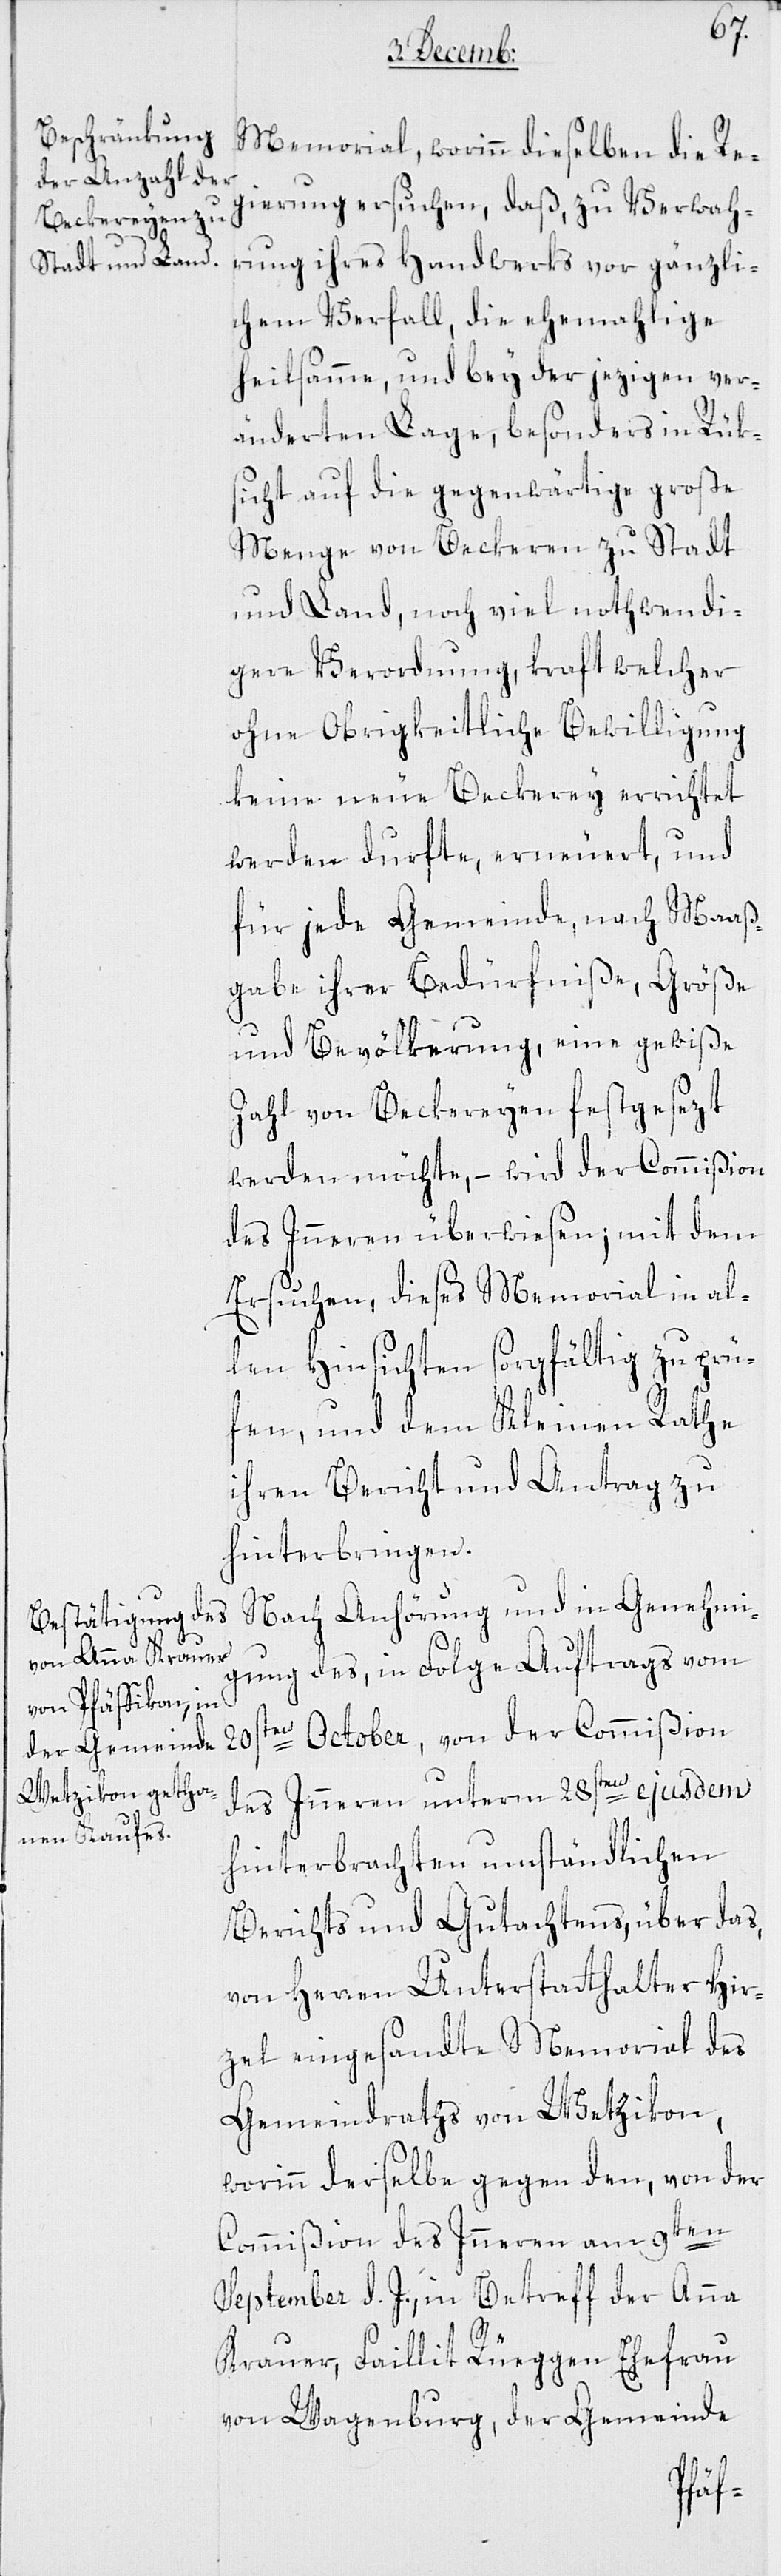
Memorial, worinn dieselben die Re¬
gierung ersuchen, daß, zu Verwah¬
rung ihres Handwerks vor gänzli¬
chem Verfall, die ehemahlige
heilsamme, und bey der jezigen ver¬
änderten Lage, besonders in Rüks¬
icht auf die gegenwärtige große
Menge von Beckern zu Stadt
und Land, noch viele nothwendi¬
gere Verordnung, kraft welcher
ohne Obrigkeitliche Bewilligung
keine neue Beckerey errichtet
werden durfte, erneueret, und
für jede Gemeinde, nach Maaß¬
gabe ihrer Bedürfniße, Größe
und Bevölkerung, eine gewiße
Zahl von Beckereyen festgesezt
werden möchte, – wird der Commißion
des Inneren überwiesen, mit dem
Ersuchen, dieses Memorial in al¬
len Hinsichten sorgfältig zu prü¬
fen, und dem Kleinen Rathe
ihren Bericht und Antrag zu
hinterbringen.
Nach Anhörung und in Genehmi¬
gung des, in Folge Auftrags vom
20sten October, von der Commißion
des Inneren unterm 28sten ejusdem
hinterbrachten umständlichen
Berichts und Gutachtens, über das
von Herren Unterstatthalter Hir¬
zel eingesandte Memorial des
Gemeindraths von Wetzikon,
worinn derselbe gegen den, von der
Commißion des Inneren am 9ten
September d. J., in Betreff der Anna
Krauer, Faillit Rüeggen Ehefrau
von Wagenburg, der Gemeinde